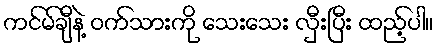
ကင်မ်ချီနဲ့ ဝက်သားကို သေးသေး လှီးပြီး ထည့်ပါ။